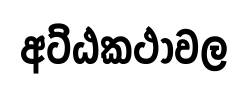
අට්ඨකථාවල